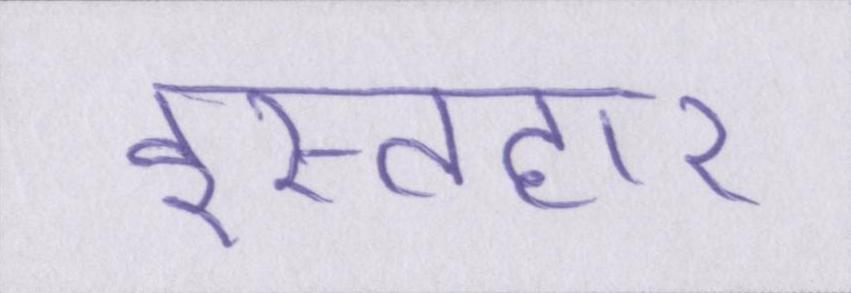
इस्तहार